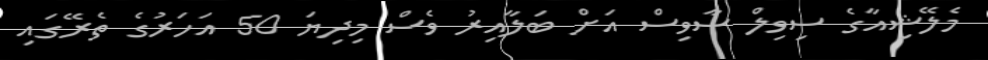
މެލޭޝިއާގެ ސިވިލް ސާވިސް އަށް ބަލާއިރު ވެސް މިދިޔަ 50 އަހަރުގެ ތެރޭގައި